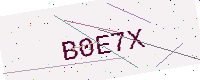
Text: B0E7X